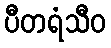
ပီတရံသီဝ